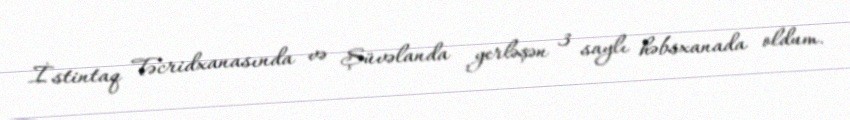
İstintaq Təcridxanasında və Şüvəlanda yerləşən 3 saylı həbsxanada oldum.